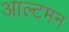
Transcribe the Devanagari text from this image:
आल्टमन